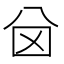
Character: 𠔋